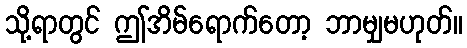
သို့ရာတွင် ဤအိမ်ရောက်တော့ ဘာမျှမဟုတ်။